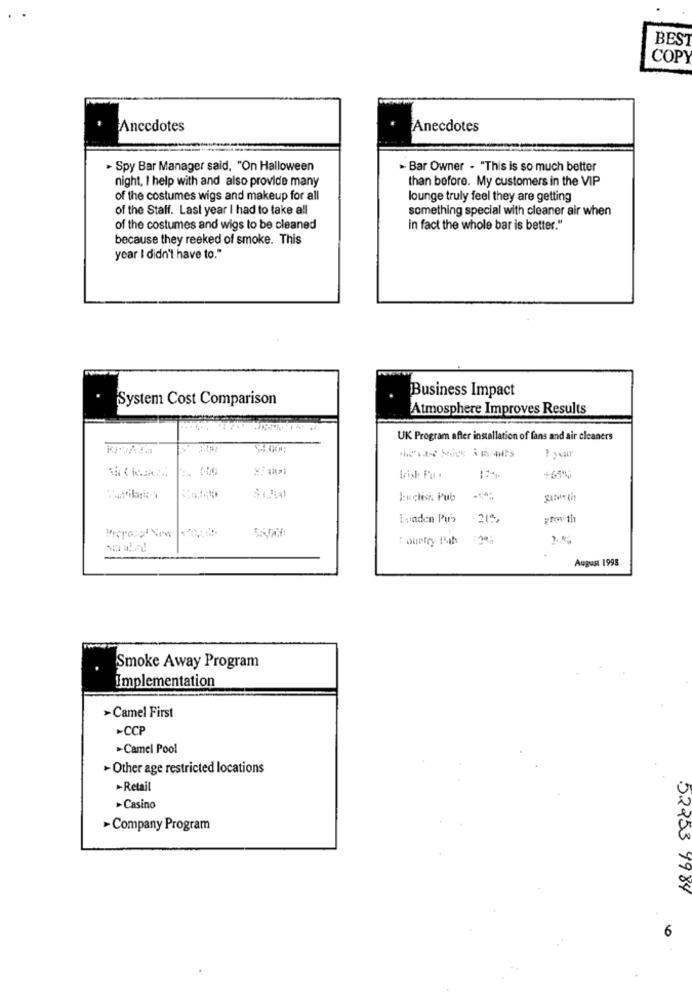
BES
COP
Anecdotes
Anecdotes
- Spy Bar Manager said, "On Halloween
- Bar Owner - "This is so much better
night, I help with and also provide many
than before. My customers in the VIP
of the costumes wigs and makeup for all
lounge truly feel they are getting
of the Staff. Last year I had to take all
something special with cleaner air when
of the costumes and wigs to be cleaned
in fact the whole bar is better."
because they reeked of smoke. This
year I didn't have to."
Business Impact
System Cost Comparison
Atmosphere Improves Results
UK Program after installation of fans and air cleaners
+61%
Sant'ilario-
Euclish Pub
Londen Pur's
growth
: ourtry Pab
August 1998
Smoke Away Program
Implementation
>Camel First
>CCP
>Camel Pool
-Other age restricted locations
-Retail
>Casino
-Company Program
52253 4984
6